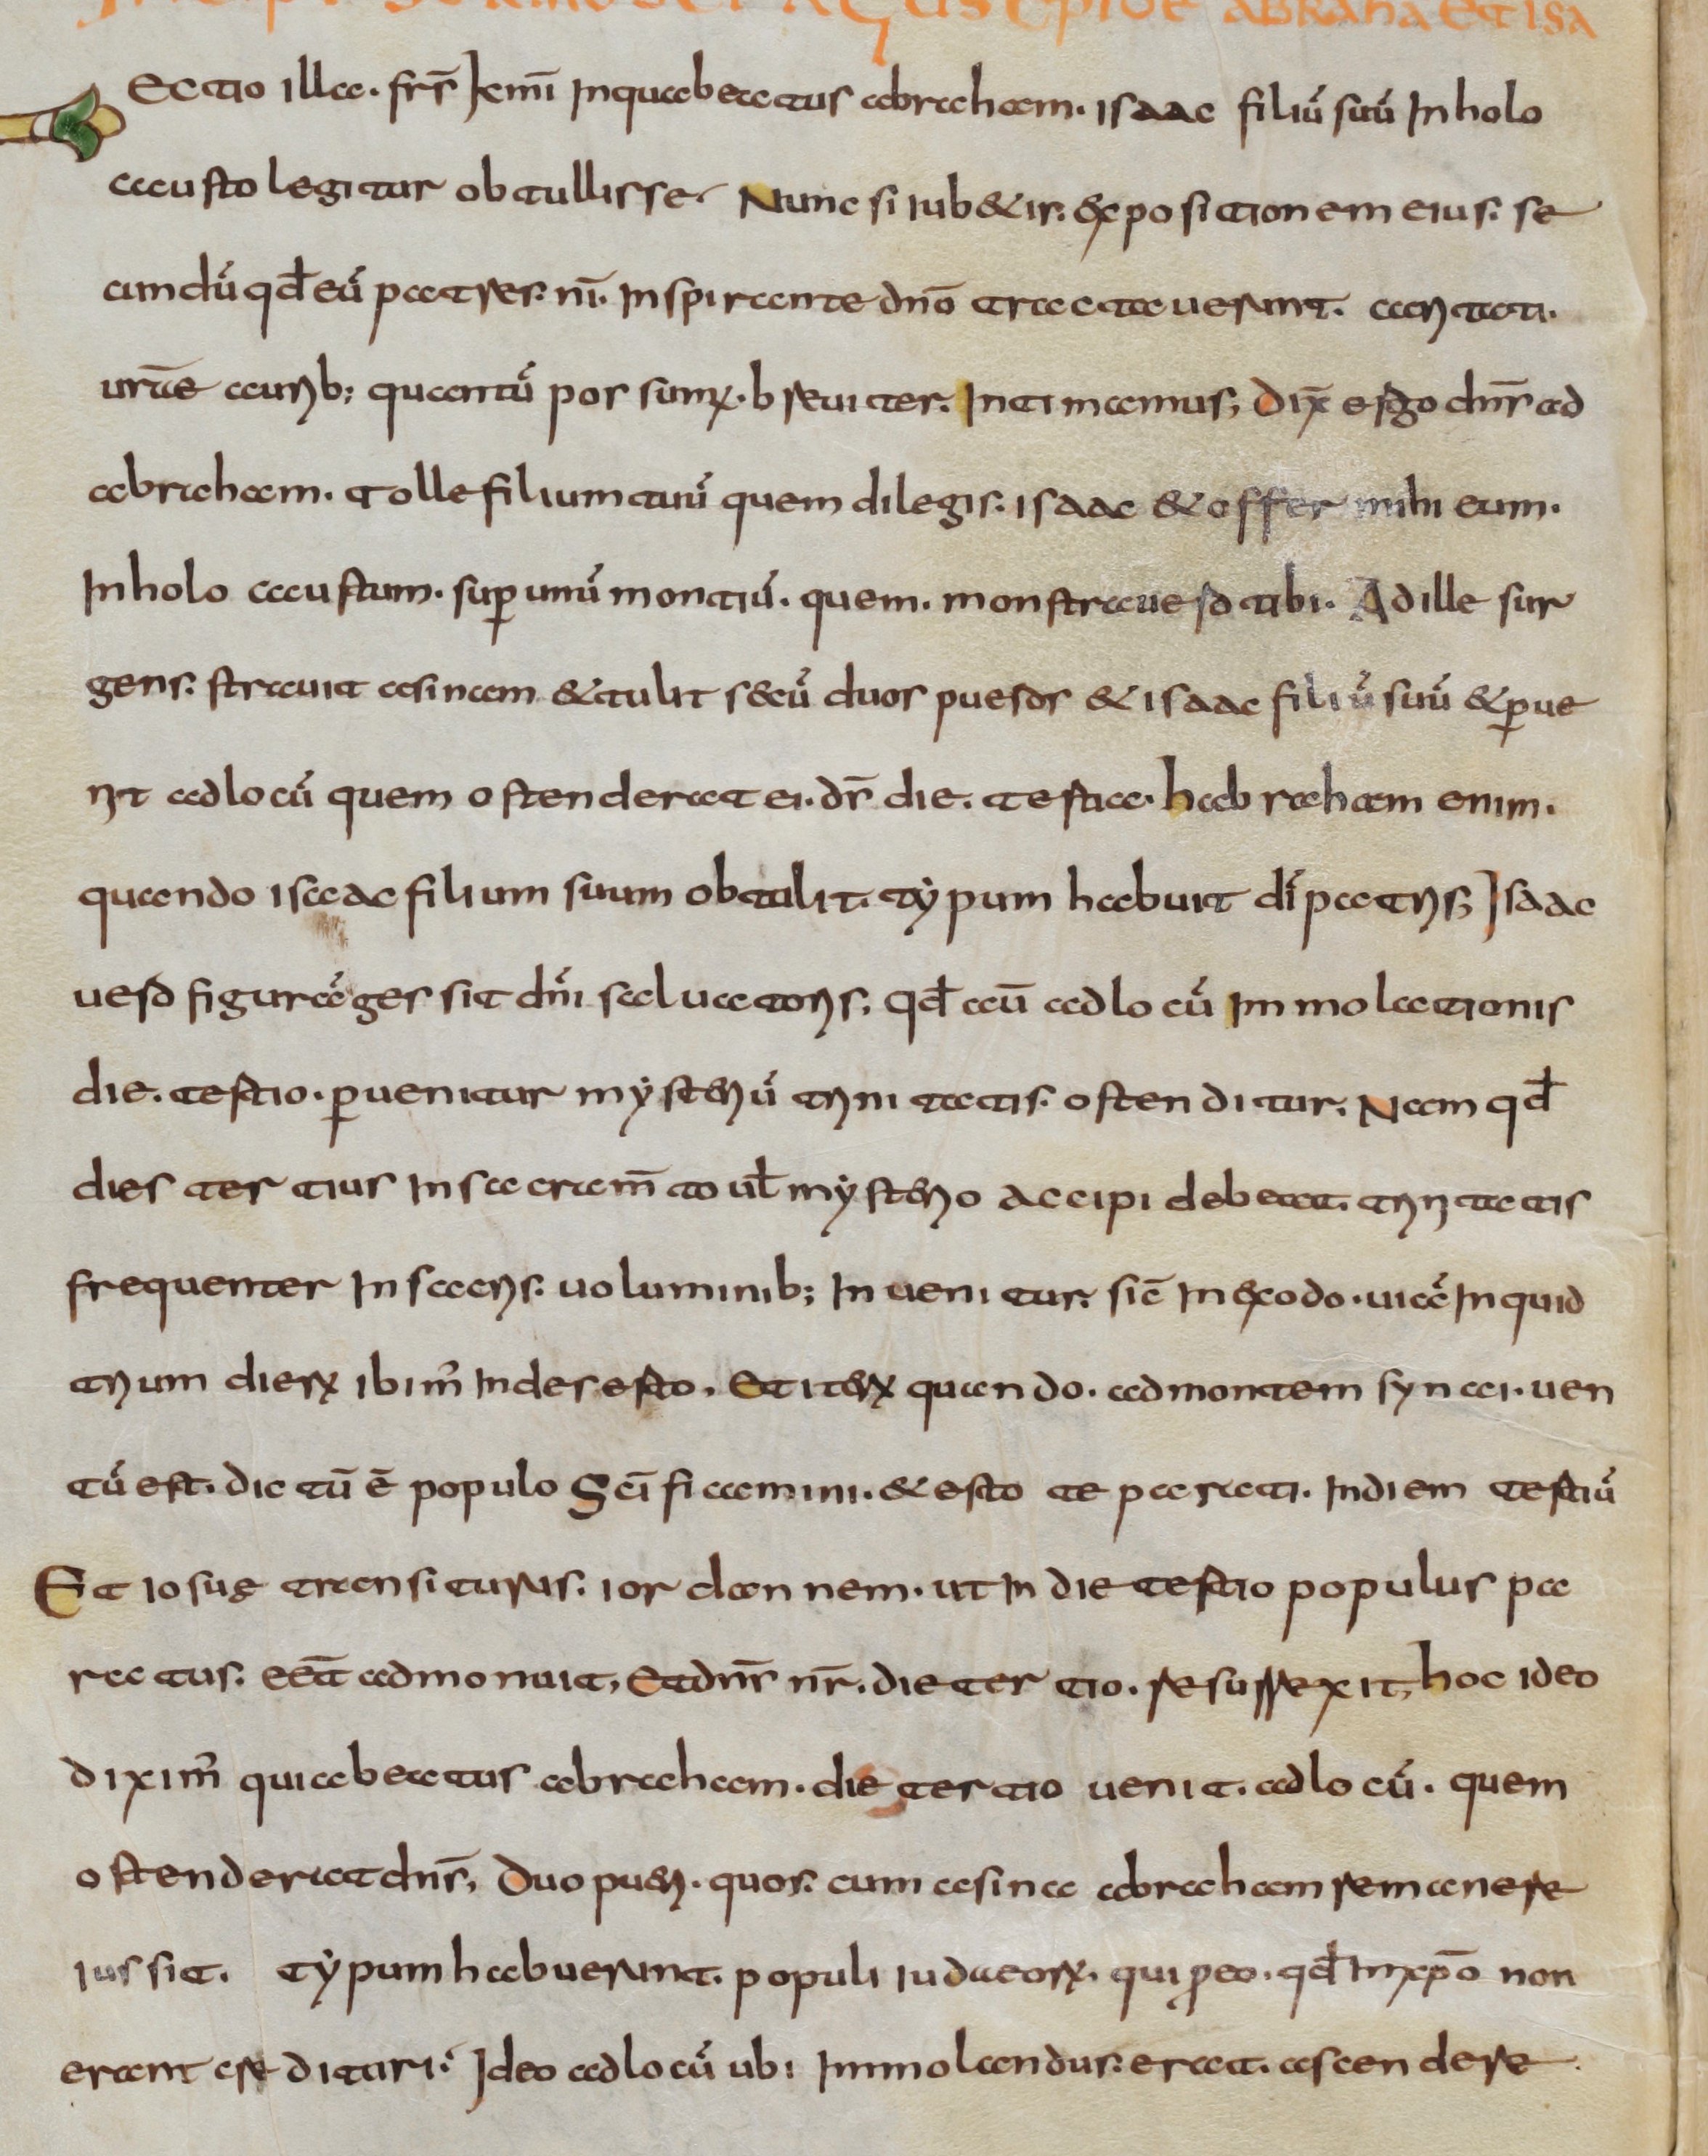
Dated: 800–830